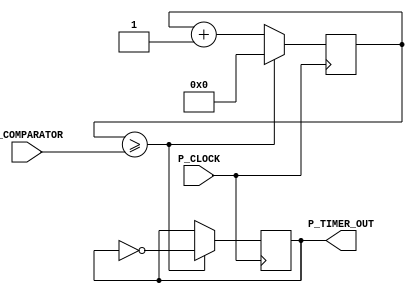
module ClockDivider
	#(parameter Bits_counter = 32)
	 (	input  P_CLOCK,
		output P_TIMER_OUT,
		input  [Bits_counter-1:0] P_COMPARATOR);
//=======================================================
//  PARAMETER declarations
//=======================================================


//=======================================================
//  PORT declarations
//=======================================================


//=======================================================
//  REG/WIRE declarations
//=======================================================
   reg [Bits_counter-1:0] r_Timer;
   reg r_Result;
	
//=======================================================
//  Structural coding
//=======================================================
   always @(posedge P_CLOCK)
	begin
		if (r_Timer >= P_COMPARATOR)
			begin
			     r_Result <= !r_Result;
			     r_Timer <= 0;
			end		
		else
		   begin
			     r_Timer <= r_Timer+1; 
				  r_Result <= r_Result;
		   end
	end	
//=======================================================
// 			Connections & assigns
//=======================================================
assign P_TIMER_OUT = r_Result; 

endmodule